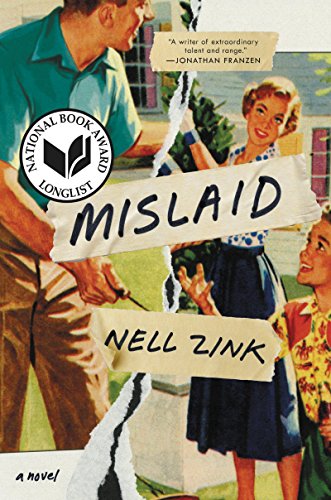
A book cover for Mislaid: A Novel; Nell Zink; Literature & Fiction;